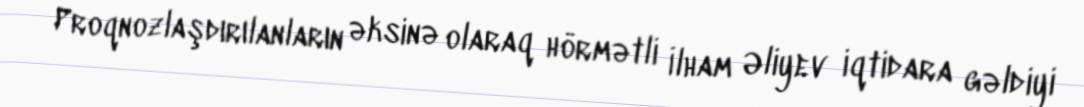
Proqnozlaşdırılanların əksinə olaraq hörmətli İlham Əliyev iqtidara gəldiyi